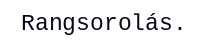
Rangsorolás.